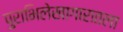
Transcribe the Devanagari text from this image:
पुराभिलेखागारातला